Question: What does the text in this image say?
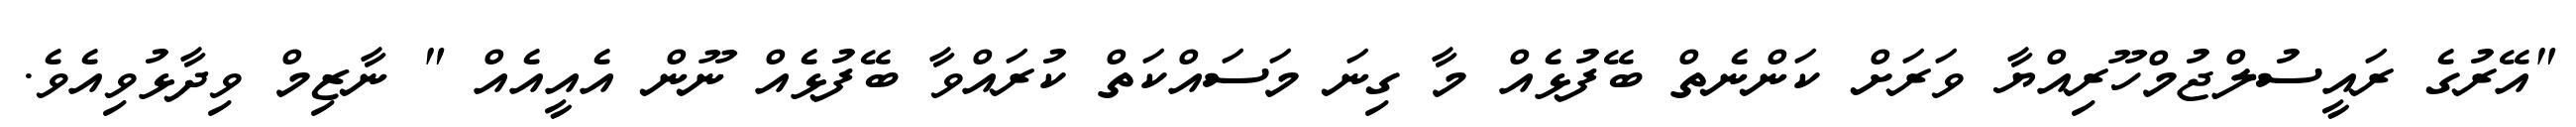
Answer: "އޭރުގެ ރައީސުލްޖުމްހޫރިއްޔާ ވަރަށް ކަންނެތް ބޭފުޅެއް މާ ގިނަ މަސައްކަތް ކުރައްވާ ބޭފުޅެއް ނޫން އެއީއެއް " ނާޒިމް ވިދާޅުވިއެވެ.